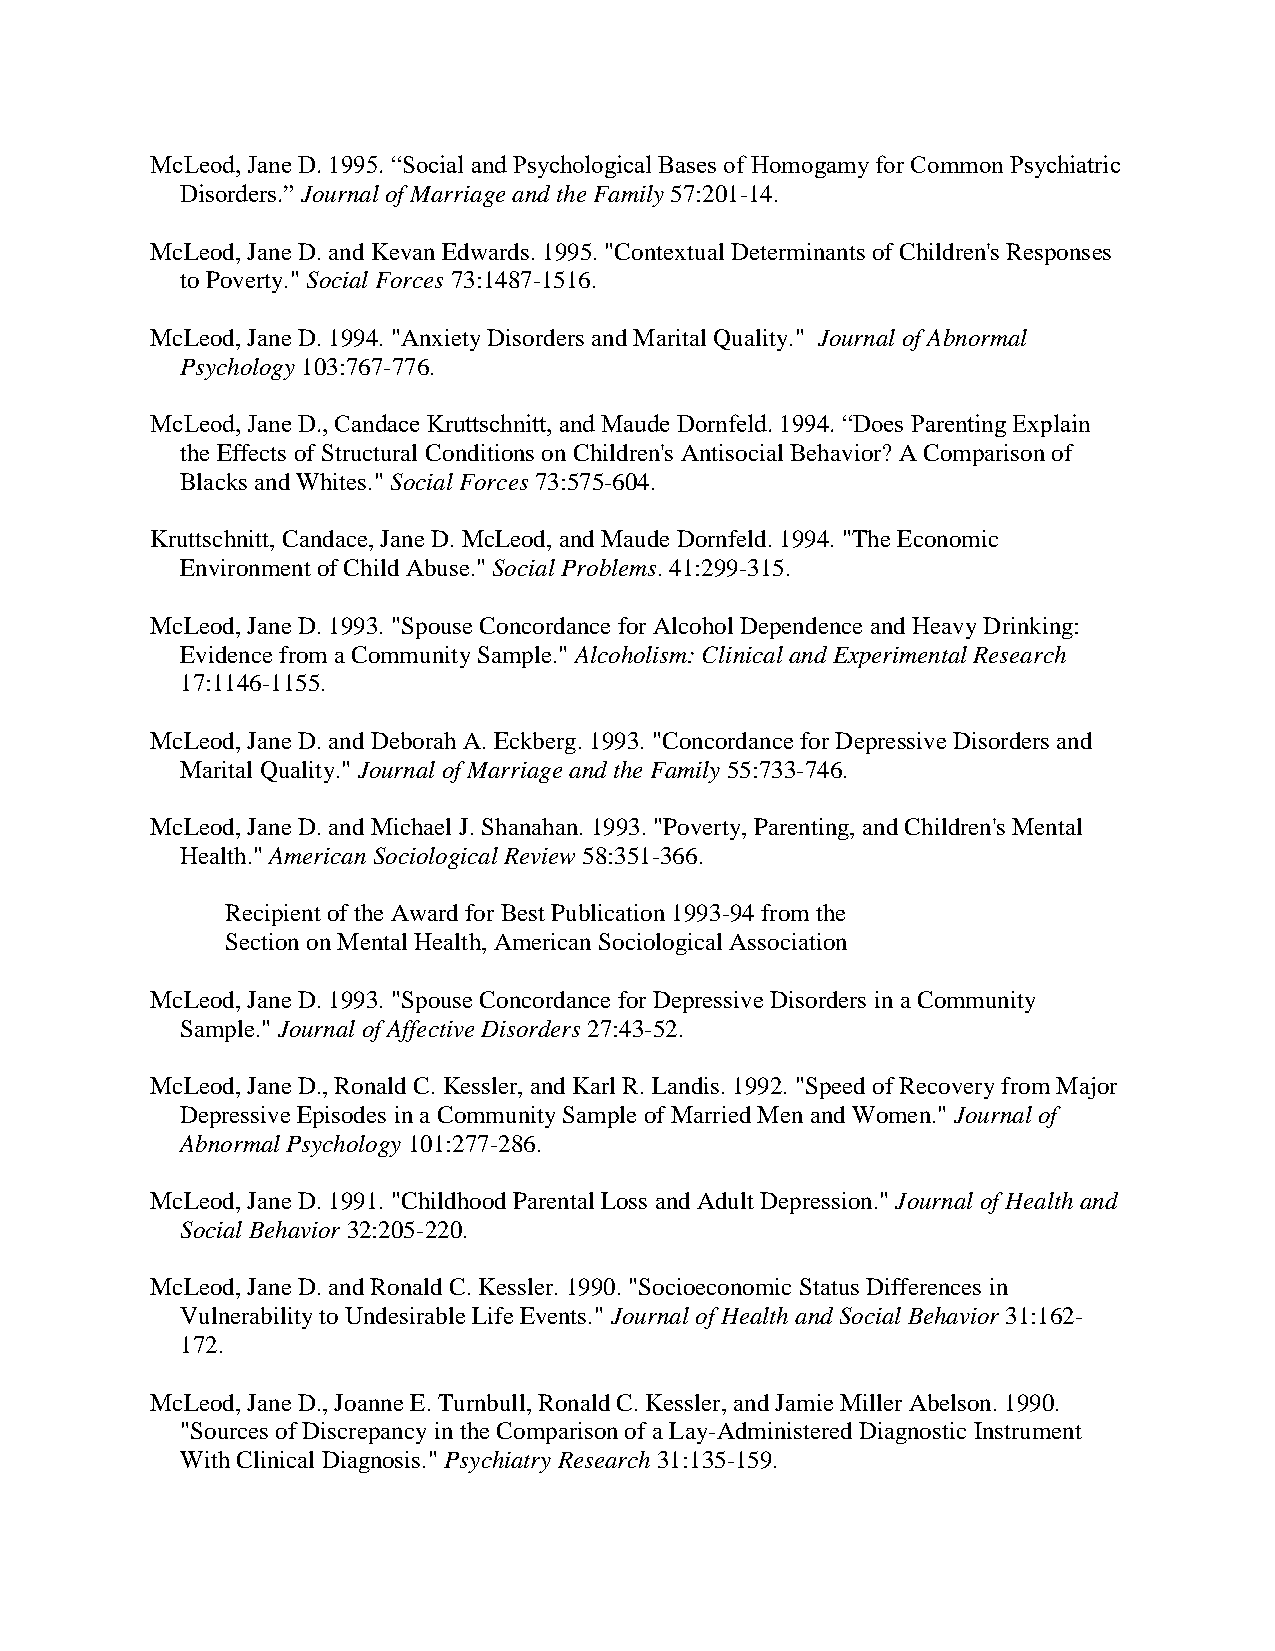
McLeod, Jane D. 1995. “Social and Psychological Bases of Homogamy for Common Psychiatric
 Disorders.” Journal of Marriage and the Family 57:201-14.
 McLeod, Jane D. and Kevan Edwards. 1995. "Contextual Determinants of Children's Responses
 to Poverty." Social Forces 73:1487-1516.
 McLeod, Jane D. 1994. "Anxiety Disorders and Marital Quality." Journal of Abnormal
 Psychology 103:767-776.
 McLeod, Jane D., Candace Kruttschnitt, and Maude Dornfeld. 1994. “Does Parenting Explain
 the Effects of Structural Conditions on Children's Antisocial Behavior? A Comparison of
 Blacks and Whites." Social Forces 73:575-604.
 Kruttschnitt, Candace, Jane D. McLeod, and Maude Dornfeld. 1994. "The Economic
 Environment of Child Abuse." Social Problems. 41:299-315.
 McLeod, Jane D. 1993. "Spouse Concordance for Alcohol Dependence and Heavy Drinking:
 Evidence from a Community Sample." Alcoholism: Clinical and Experimental Research
 17:1146-1155.
 McLeod, Jane D. and Deborah A. Eckberg. 1993. "Concordance for Depressive Disorders and
 Marital Quality." Journal of Marriage and the Family 55:733-746.
 McLeod, Jane D. and Michael J. Shanahan. 1993. "Poverty, Parenting, and Children's Mental
 Health." American Sociological Review 58:351-366.
 Recipient of the Award for Best Publication 1993-94 from the
 Section on Mental Health, American Sociological Association
 McLeod, Jane D. 1993. "Spouse Concordance for Depressive Disorders in a Community
 Sample." Journal of Affective Disorders 27:43-52.
 McLeod, Jane D., Ronald C. Kessler, and Karl R. Landis. 1992. "Speed of Recovery from Major
 Depressive Episodes in a Community Sample of Married Men and Women." Journal of
 Abnormal Psychology 101:277-286.
 McLeod, Jane D. 1991. "Childhood Parental Loss and Adult Depression." Journal of Health and
 Social Behavior 32:205-220.
 McLeod, Jane D. and Ronald C. Kessler. 1990. "Socioeconomic Status Differences in
 Vulnerability to Undesirable Life Events." Journal of Health and Social Behavior 31:162-
 172.
 McLeod, Jane D., Joanne E. Turnbull, Ronald C. Kessler, and Jamie Miller Abelson. 1990.
 "Sources of Discrepancy in the Comparison of a Lay-Administered Diagnostic Instrument
 With Clinical Diagnosis." Psychiatry Research 31:135-159.